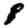
Digit: 8